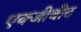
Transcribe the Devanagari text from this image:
एक्जीबीट